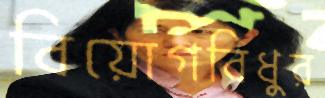
বিয়োগবিধুর